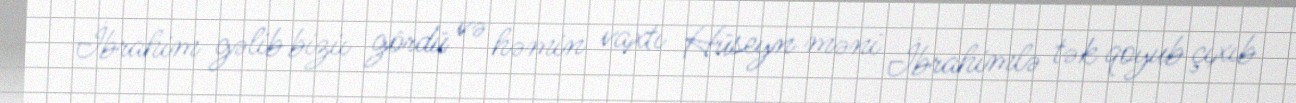
İbrahim gəlib biziı gördü və həmin vaxtı Hüseyn məni İbrahimlə tək qoyub çıxıb